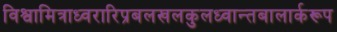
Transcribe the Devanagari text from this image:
विश्वामित्राध्वरारिप्रबलखलकुलध्वान्तबालार्करूप